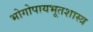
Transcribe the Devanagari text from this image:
भोगोपायभूतशास्त्र